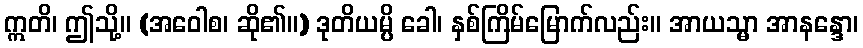
ဣတိ၊ ဤသို့။ (အဝေါစ၊ ဆို၏။) ဒုတိယမ္ပိ ခေါ၊ နှစ်ကြိမ်မြောက်လည်း။ အာယသ္မာ အာနန္ဒော၊